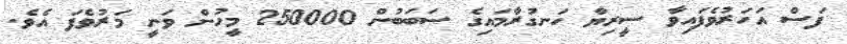
ފަސް އަހަރުވެފައިވާ ސީރިޔާ ހަނގުރާމައިގެ ސަބަބުން 250000 މީހުން ވަނީ މަރުވެފަ އެވެ.